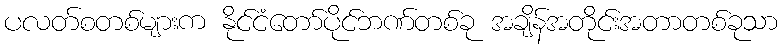
ပလတ်စတစ်များက နိုင်ငံတော်ပိုင်ဘဏ်တစ်ခု အချိန်အတိုင်းအတာတစ်ခုသာ